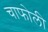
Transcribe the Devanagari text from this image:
चाफोली